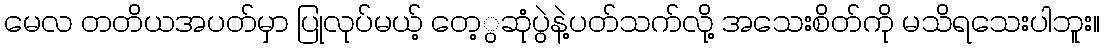
မေလ တတိယအပတ်မှာ ပြုလုပ်မယ့် တေ့ွဆုံပွဲနဲ့ပတ်သက်လို့ အသေးစိတ်ကို မသိရသေးပါဘူး။